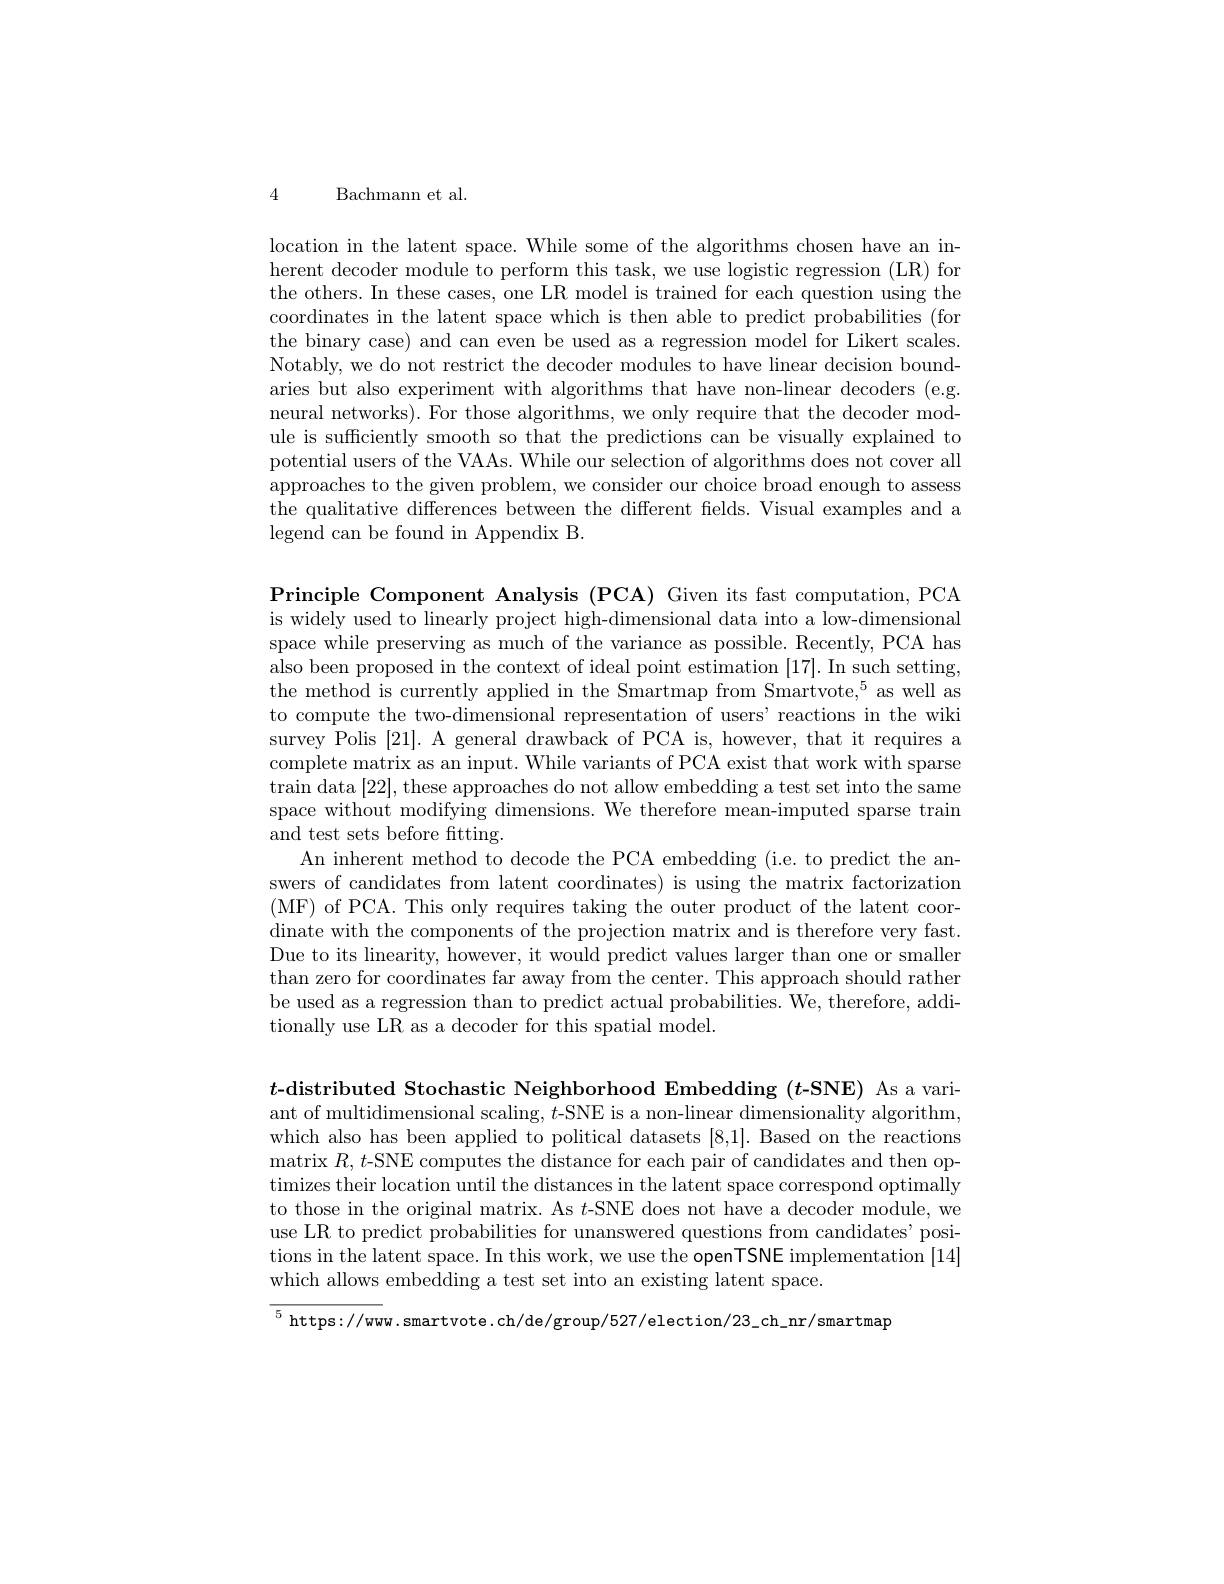
4

Bachmann et al.

location in the latent space. While some of the algorithms chosen have an inherent decoder module to perform this task, we use logistic regression (LR) for the others. In these cases, one LR model is trained for each question using the coordinates in the latent space which is then able to predict probabilities (for the binary case) and can even be used as a regression model for Likert scales. Notably, we do not restrict the decoder modules to have linear decision boundaries but also experiment with algorithms that have non-linear decoders (e.g. neural networks). For those algorithms, we only require that the decoder module is sufficiently smooth so that the predictions can be visually explained to potential users of the VAAs. While our selection of algorithms does not cover all approaches to the given problem, we consider our choice broad enough to assess the qualitative differences between the different felds. Visual examples and a legend can be found in Appendix B.

Principle Component Analysis (PCA) Given its fast computation, PCA is widely used to linearly project high-dimensional data into a low-dimensional space while preserving as much of the variance as possible. Recently, PCA has also been proposed in the context of ideal point estimation [17]. In such setting, the method is currently applied in the Smartmap from Smartvote,$^5$as well as to compute the two-dimensional representation of users' reactions in the wiki survey Polis [21]. A general drawback of PCA is, however, that it requires a complete matrix as an input. While variants of PCA exist that work with sparse train data [22], these approaches do not allow embedding a test set into the same space without modifying dimensions. We therefore mean-imputed sparse train and test sets before fitting.
An inherent method to decode the PCA embedding (i.e. to predict the answers of candidates from latent coordinates) is using the matrix factorization (MF) of PCA. This only requires taking the outer product of the latent coordinate with the components of the projection matrix and is therefore very fast. Due to its linearity, however, it would predict values larger than one or smaller than zero for coordinates far away from the center. This approach should rather be used as a regression than to predict actual probabilities. We, therefore, additionally use LR as a decoder for this spatial model.

$t$-distributed Stochastic Neighborhood Embedding ($t$-SNE) As a variant of multidimensional scaling, $t$-SNE is a non-linear dimensionality algorithm, which also has been applied to political datasets [8,1]. Based on the reactions matrix $R, t$-SNE computes the distance for each pair of candidates and then optimizes their location until the distances in the latent space correspond optimally to those in the original matrix. As $t$-SNE does not have a decoder module, we use LR to predict probabilities for unanswered questions from candidates' positions in the latent space. In this work, we use the openTSNE implementation [14] which allows embedding a test set into an existing latent space.

$^{5}$ https://www. smartvote.ch/de/group/527/election/23\_ch\_nr/smartmap